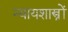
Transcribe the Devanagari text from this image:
न्यायशास्त्रों